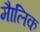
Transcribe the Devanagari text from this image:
माैलिक